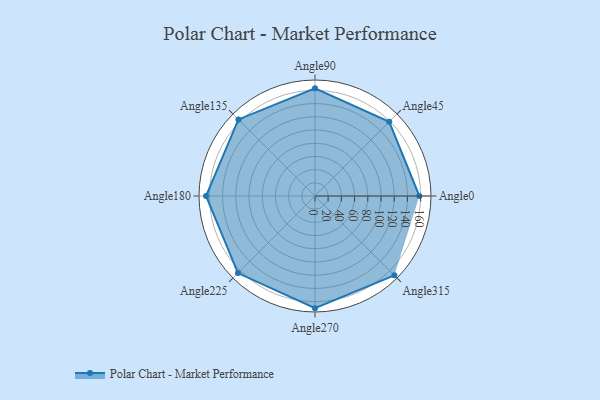
{"axis": {"x": "Angle", "y": "Radius"}, "legend": [""], "data": [{"x": "Angle0", "y": 158.0, "type": ""}, {"x": "Angle45", "y": 159.0, "type": ""}, {"x": "Angle90", "y": 163.0, "type": ""}, {"x": "Angle135", "y": 164.0, "type": ""}, {"x": "Angle180", "y": 165.0, "type": ""}, {"x": "Angle225", "y": 165.0, "type": ""}, {"x": "Angle270", "y": 170.0, "type": ""}, {"x": "Angle315", "y": 170, "type": ""}]}